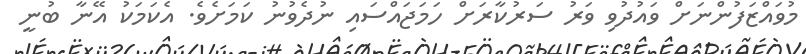
މުވައްޒަފުންނަށް ވައުދުވި ވަރު ސަރުކާރަށް ހަމަޖައްސައި ނުދެވުނު ކަމަށެވެ. އެކަމަކު އޭނާ ބުނީ